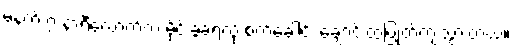
မနက် ၇ နာရီလောက်က မိုင်းခွဲခံရလို့ စက်ခေါင်း ချောင်းထဲပြုတ်ကျသွားတယ်။